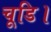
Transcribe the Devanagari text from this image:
चूडि।